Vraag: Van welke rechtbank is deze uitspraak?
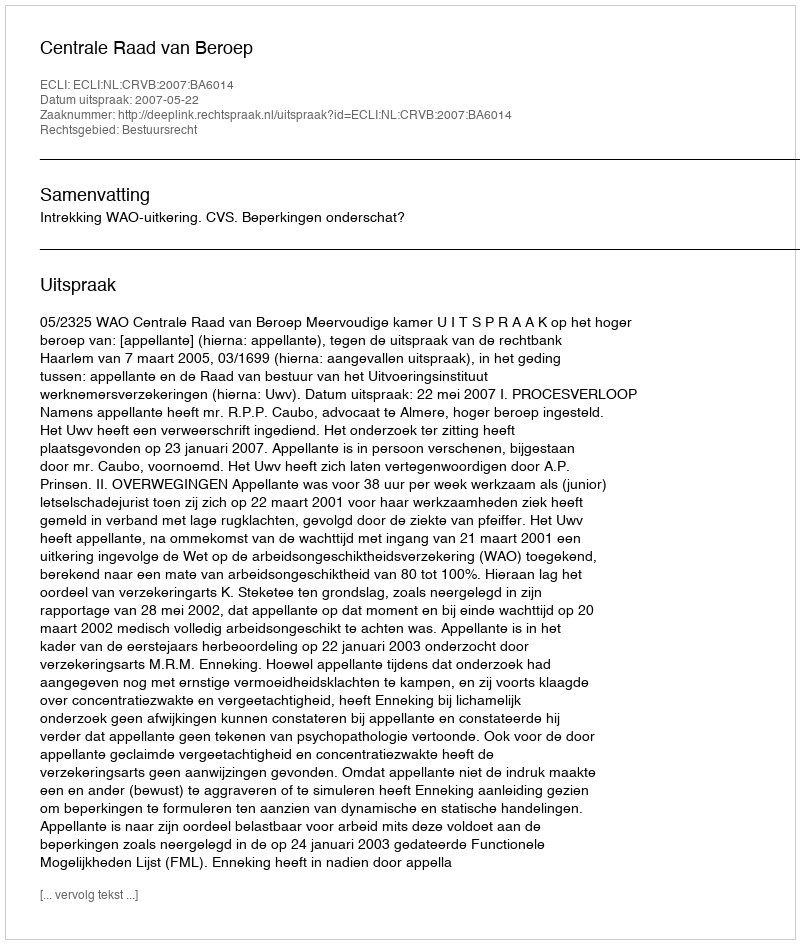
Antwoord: Centrale Raad van Beroep